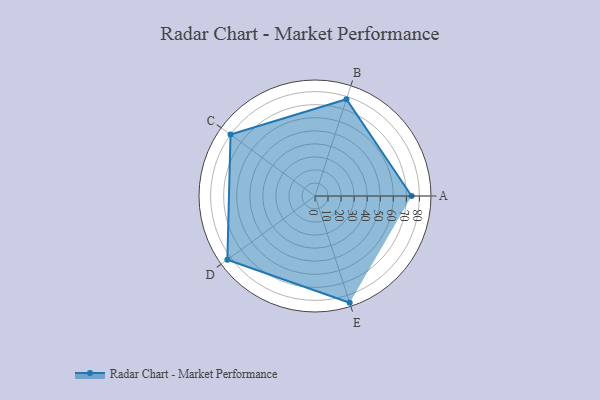
{"axis": {"x": "Skill", "y": "Score"}, "legend": ["Profile"], "data": [{"x": "A", "y": 74.0, "type": "Profile"}, {"x": "B", "y": 78.0, "type": "Profile"}, {"x": "C", "y": 80.0, "type": "Profile"}, {"x": "D", "y": 83.0, "type": "Profile"}, {"x": "E", "y": 86.0, "type": "Profile"}]}